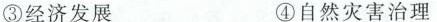
③经济发展 ④自然灾害治理